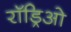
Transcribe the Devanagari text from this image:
रॉड्रिओ